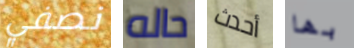
نصفي حاله أحدث بها